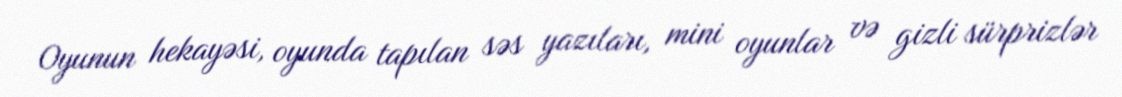
Oyunun hekayəsi, oyunda tapılan səs yazıları, mini oyunlar və gizli sürprizlər